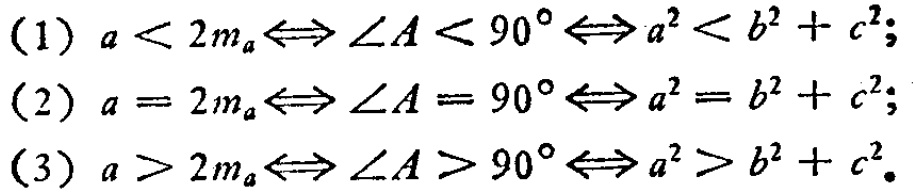
(1) \(a < 2m_{a}\Leftrightarrow \angle A < 90^{\circ}\Leftrightarrow a^{2}<b^{2}+c^{2}\);
(2) \(a = 2m_{a}\Leftrightarrow \angle A = 90^{\circ}\Leftrightarrow a^{2}=b^{2}+c^{2}\);
(3) \(a > 2m_{a}\Leftrightarrow \angle A > 90^{\circ}\Leftrightarrow a^{2}>b^{2}+c^{2}\)。